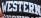
WESTERN